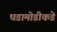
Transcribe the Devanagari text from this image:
घडामोडीकडे